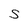
Character: S